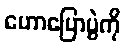
ဟောပြောပွဲကို